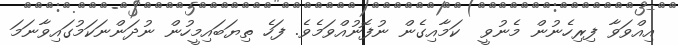
އިއްވަވާ ފިރިހެނުން މެނުވީ  ކަމާއިގެން ނުފޮނުއްވަމެވެ. ފަހެ ތިޔަބައިމީހުން ނުދަންނަކަމުގައިވާނަމަ